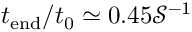
t _ { \mathrm { e n d } } / t _ { 0 } \simeq 0 . 4 5 \mathcal { S } ^ { - 1 }